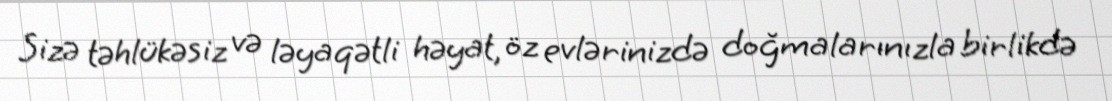
Sizə təhlükəsiz və ləyaqətli həyat, öz evlərinizdə doğmalarınızla birlikdə